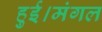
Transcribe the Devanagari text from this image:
हुई।मंगल